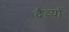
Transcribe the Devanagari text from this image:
दैव्यों